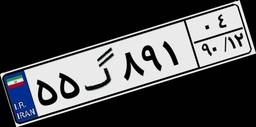
۵۵گ۸۹۱۰۴